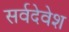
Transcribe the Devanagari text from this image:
सर्वदेवेश